Problem: 8 × 7 = ?
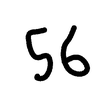
Handwritten answer: 56